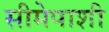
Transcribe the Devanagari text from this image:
सीमेपाशी